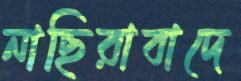
নাছিরাবাদে